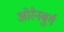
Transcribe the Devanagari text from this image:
ओरेनबुर्ग